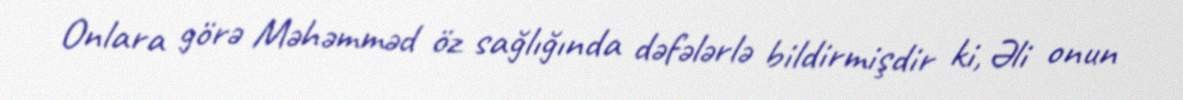
Onlara görə Məhəmməd öz sağlığında dəfələrlə bildirmişdir ki, Əli onun